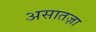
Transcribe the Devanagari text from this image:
असातज़ा